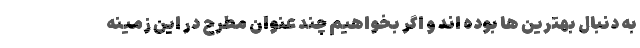
به دنبال بهترین ها بوده اند و اگر بخواهیم چند عنوان مطرح در این زمینه